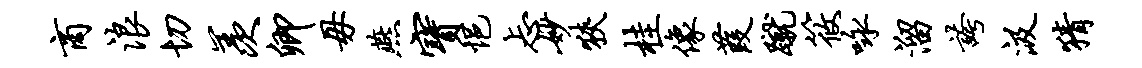
商浪切羡卿毋燕宝悒忐妙狭桂像葭蹴筱咏溜夸汲猜